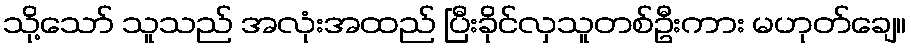
သို့သော် သူသည် အလုံးအထည် ပြီးခိုင်လှသူတစ်ဦးကား မဟုတ်ချေ။